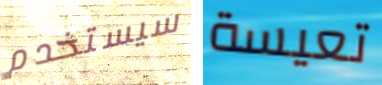
سيستخدم تعيسة